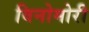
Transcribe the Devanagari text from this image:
विनोमोरी